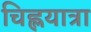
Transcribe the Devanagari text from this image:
चिह्लयात्रा